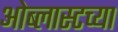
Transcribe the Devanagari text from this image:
ओब्लास्टच्या